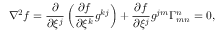
\nabla ^ { 2 } f = { \frac { \partial } { \partial \xi ^ { j } } } \left( { \frac { \partial f } { \partial \xi ^ { k } } } g ^ { k j } \right) + { \frac { \partial f } { \partial \xi ^ { j } } } g ^ { j m } \Gamma _ { m n } ^ { n } = 0 ,